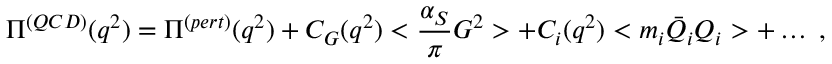
\Pi ^ { ( Q C D ) } ( q ^ { 2 } ) = \Pi ^ { ( p e r t ) } ( q ^ { 2 } ) + C _ { G } ( q ^ { 2 } ) < \frac { \alpha _ { S } } { \pi } G ^ { 2 } > + C _ { i } ( q ^ { 2 } ) < m _ { i } \bar { Q } _ { i } Q _ { i } > + \dots \; ,